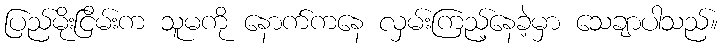
ပြည်မိုးငြိမ်းက သူမကို နောက်ကနေ လှမ်းကြည့်နေခဲ့မှာ သေချာပါသည်။